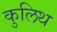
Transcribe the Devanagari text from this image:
कुलिथ